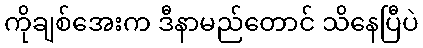
ကိုချစ်အေးက ဒီနာမည်တောင် သိနေပြီပဲ